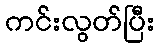
ကင်းလွတ်ပြီး